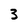
Character: 3